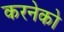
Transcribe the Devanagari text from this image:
करनेको